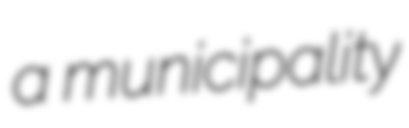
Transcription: a municipality